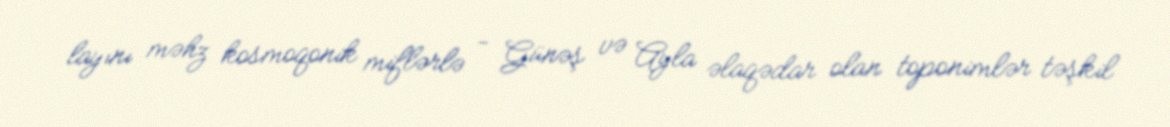
layını məhz kosmoqonik miflərlə - Günəş və Ayla əlaqədar olan toponimlər təşkil